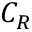
C _ { R }